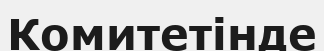
Комитетінде